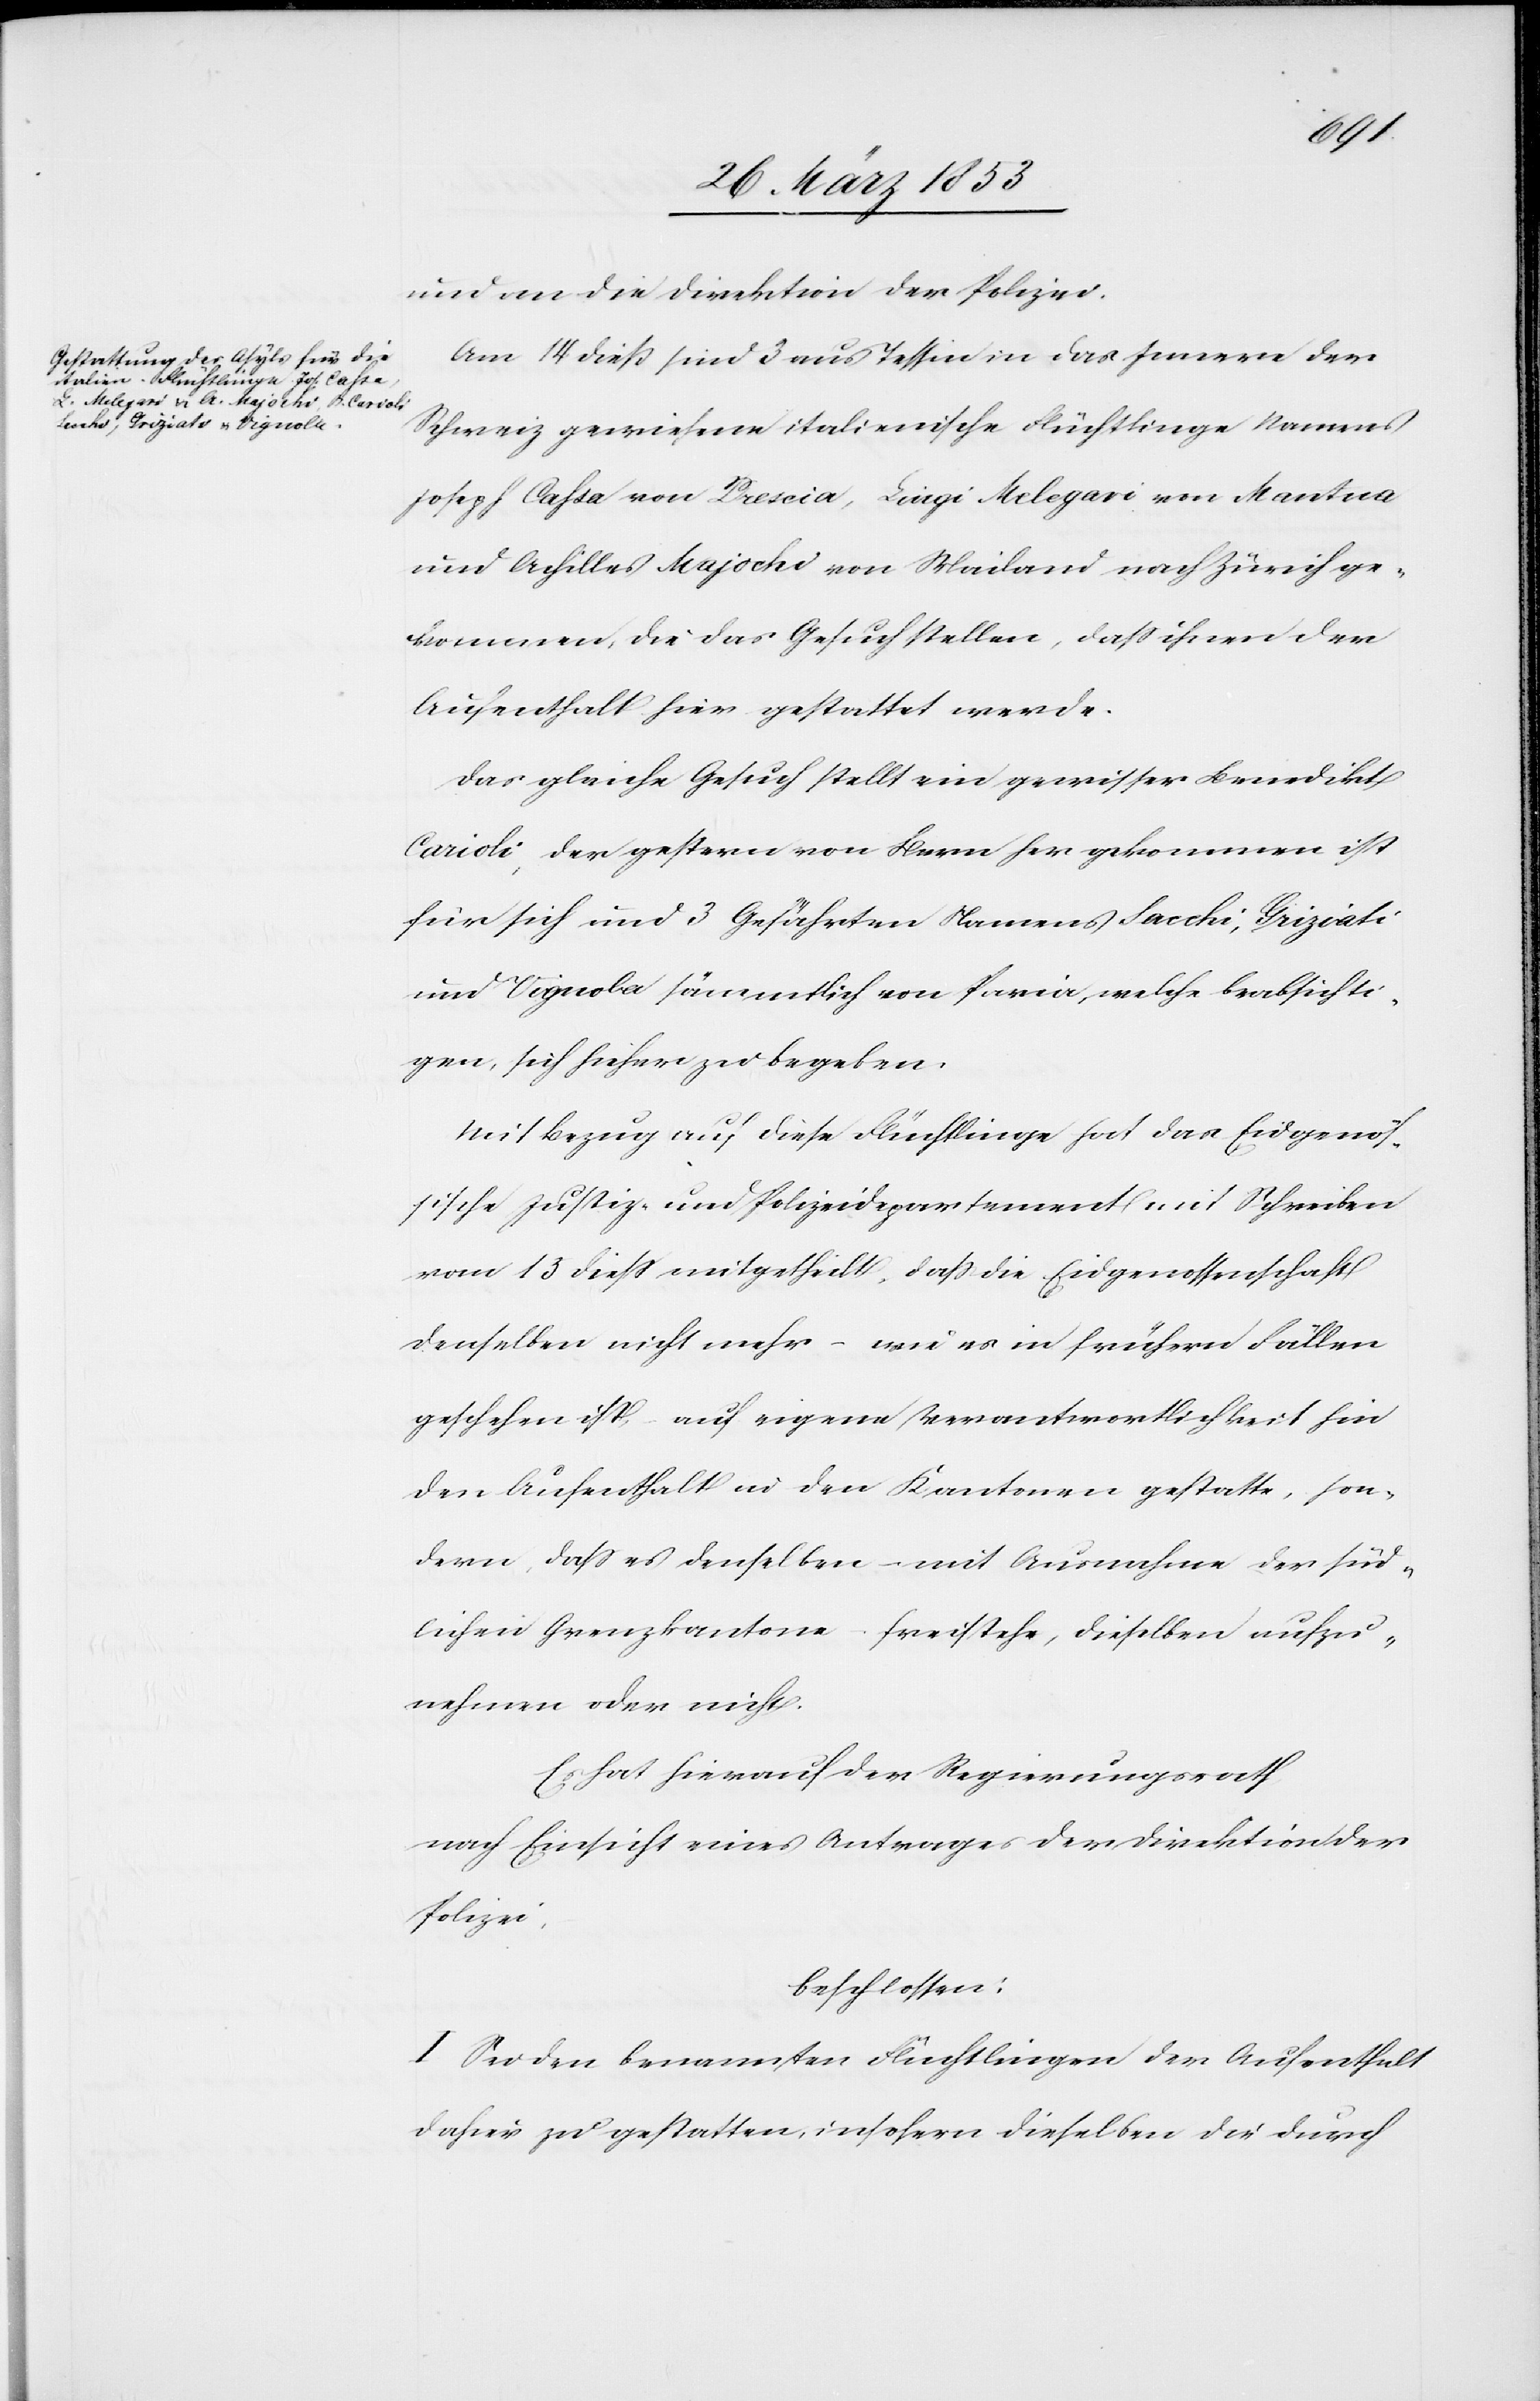
und an die Direktion der Polizei.
Am 14 dieß sind 3 aus Tessin in das Innern der
Schweiz gewiesene italienische Flüchtlinge Namens
Joseph Cahsa von Brescia, Luigi Melegari von Mantua
und Achilles Majochi von Mailand nach Zürich ge¬
kommen, die das Gesuch stellen, daß ihnen der
Aufenthalt hier gestattet werde.
Das gleiche Gesuch stellt ein gewisser Benedikt
Cavioli, der gestern von Bern her gekommen ist
für sich und 3 Gefährten Namens Sacchi, Griziali
und Vignola sämmtlich von Pavia, welche beabsichti¬
gen, sich hieher zu begeben.
Mit Bezug auf diese Flüchtlinge hat das Eidgenös¬
sische Justiz- und Polizeidepartement mit Schreiben
vom 13 dieß mitgetheilt, daß die Eidgenossenschaft
denselben nicht mehr – wie es in frühern Fällen
geschehen ist, – auf eigene Verantwortlichkeit hin
den Aufenthalt in den Kantonen gestatte, son¬
dern, daß es denselben mit Ausnahme der süd¬
lichen Grenzkantone – freistehe, dieselben aufzu¬
nehmen oder nicht.
Es hat hierauf der Regierungsrath
nach Einsicht eines Antrages der Direktion der
Polizei,
beschlossen:
I. Sei den benannten Flüchtlingen der Aufenthalt
dafür zu gestatten, insofern dieselben die durch